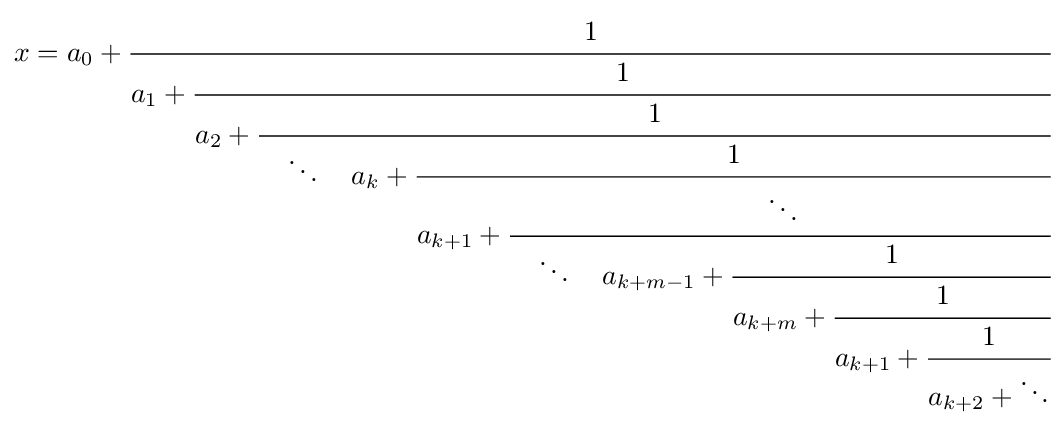
x=a_{0}+{\cfrac {1}{a_{1}+{\cfrac {1}{a_{2}+{\cfrac {1}{\quad \ddots \quad a_{k}+{\cfrac {1}{a_{k+1}+{\cfrac {\ddots }{\quad \ddots \quad a_{k+m-1}+{\cfrac {1}{a_{k+m}+{\cfrac {1}{a_{k+1}+{\cfrac {1}{a_{k+2}+{\ddots }}}}}}}}}}}}}}}}}